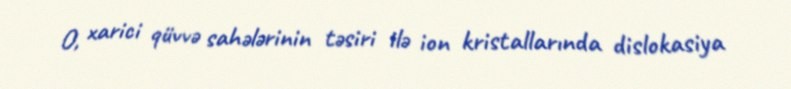
O, xarici qüvvə sahələrinin təsiri ilə ion kristallarında dislokasiya